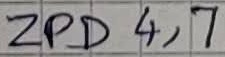
Text: ZPD4,7